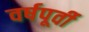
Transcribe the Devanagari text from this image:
वर्षपूर्वी